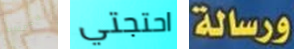
السرداب احتجتي ورسالة